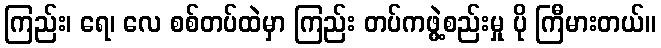
ကြည်း၊ ရေ၊ လေ စစ်တပ်ထဲမှာ ကြည်း တပ်ကဖွဲ့စည်းမှု ပို ကြီမားတယ်။